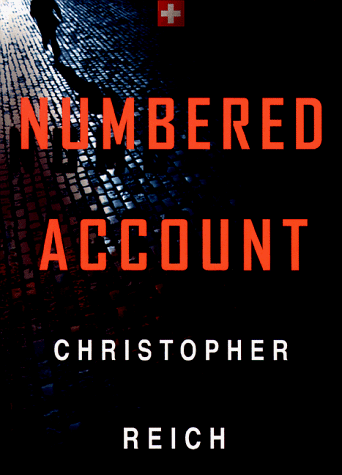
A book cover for Numbered Account; Christopher Reich; Mystery, Thriller & Suspense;